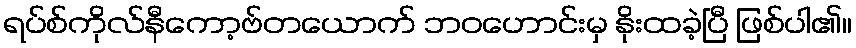
ရပ်စ်ကိုလ်နီကော့ဗ်တယောက် ဘဝဟောင်းမှ နိုးထခဲ့ပြီ ဖြစ်ပါ၏။